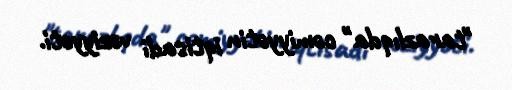
"tarazlıqda" cəmiyyətin iqtisadi vəziyyəti.